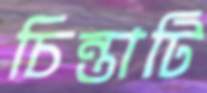
চিন্তাটি